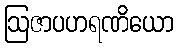
ဩဇာပဟရဏိယော